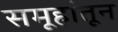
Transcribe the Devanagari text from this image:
समूहांतून